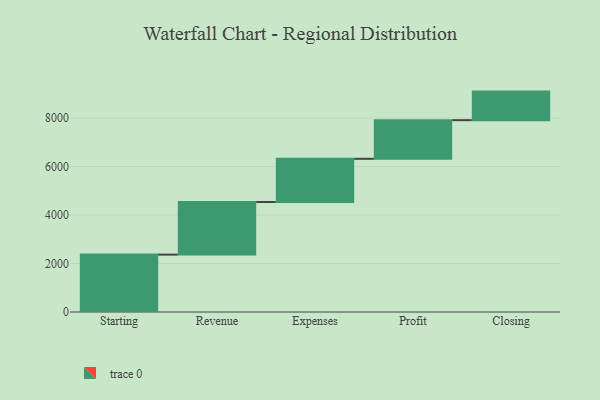
{"axis": {"x": "Step", "y": "Value"}, "legend": [""], "data": [{"x": "Starting", "y": 2367.0, "type": ""}, {"x": "Revenue", "y": 2170.0, "type": ""}, {"x": "Expenses", "y": 1783.0, "type": ""}, {"x": "Profit", "y": 1594.0, "type": ""}, {"x": "Closing", "y": 1178.0, "type": ""}]}